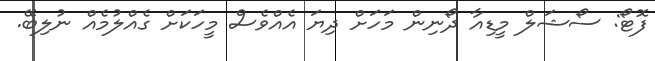
ފޮޓޯ: ސޯޝަލް މީޑިއާ ދޯނިން މަހަށް ދިޔަ އެއްވެސް މީހަކަށް ގެއްލުމެއް ނުލިބޭ.